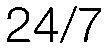
24/7